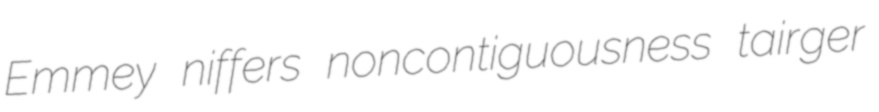
Emmey niffers noncontiguousness tairger